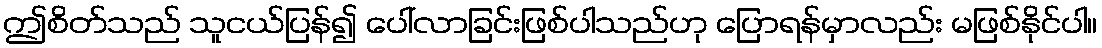
ဤစိတ်သည် သူငယ်ပြန်၍ ပေါ်လာခြင်းဖြစ်ပါသည်ဟု ပြောရန်မှာလည်း မဖြစ်နိုင်ပါ။